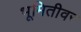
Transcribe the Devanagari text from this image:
भूमितीवर